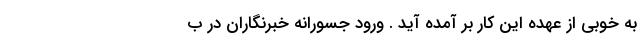
به خوبی از عهده این کار بر آمده آید . ورود جسورانه خبرنگاران در ب